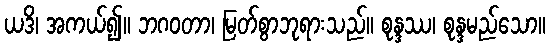
ယဒိ၊ အကယ်၍။ ဘဂဝတာ၊ မြတ်စွာဘုရားသည်။ စုန္ဒဿ၊ စုန္ဒမည်သော။